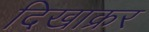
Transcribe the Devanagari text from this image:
दिखाक्रर